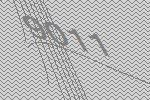
9011